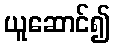
ယူဆောင်၍